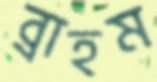
ব্রাহম